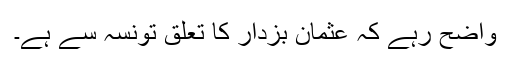
واضح رہے کہ عثمان بزدار کا تعلق تونسہ سے ہے۔